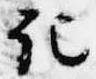
記